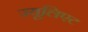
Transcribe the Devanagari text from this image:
ज्यूलिएट